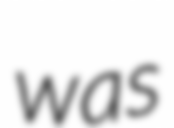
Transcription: was